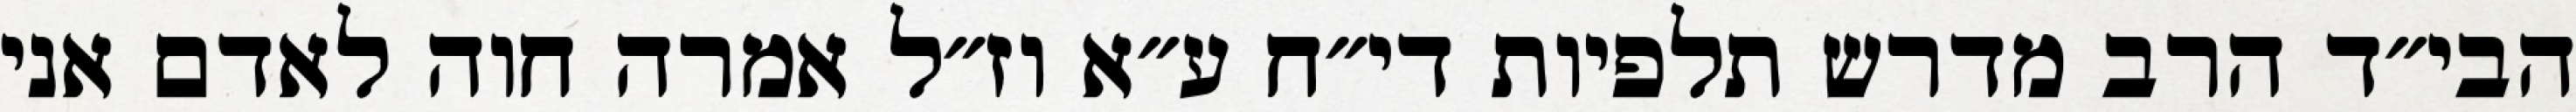
הבי״ד הרב מדרש תלפיות די״ח ע״א וז״ל אמרה חוה לאדם אני